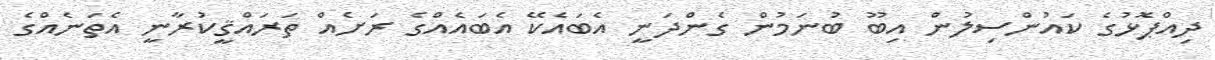
ދިއްޕޮޅުގެ ކައުންސިލުން އިބޫ ބުނަމުން ގެންދަނީ އެބައެކޭ އެބައެއްގެ ރަށެއް ތަރައްޤީކުރާނީ އެތަނެއްގެ